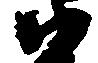
ハ